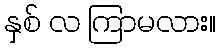
နှစ် လ ကြာမလား။